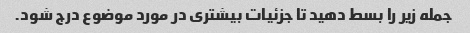
جمله زیر را بسط دهید تا جزئیات بیشتری در مورد موضوع درج شود.